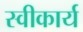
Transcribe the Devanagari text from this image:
स्‍वीकार्य